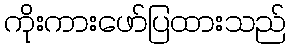
ကိုးကားဖော်ပြထားသည်